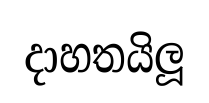
දාහතයිලූ